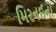
મિરનઈનો